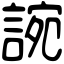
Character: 䛷